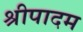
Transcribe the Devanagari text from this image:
श्रीपादम